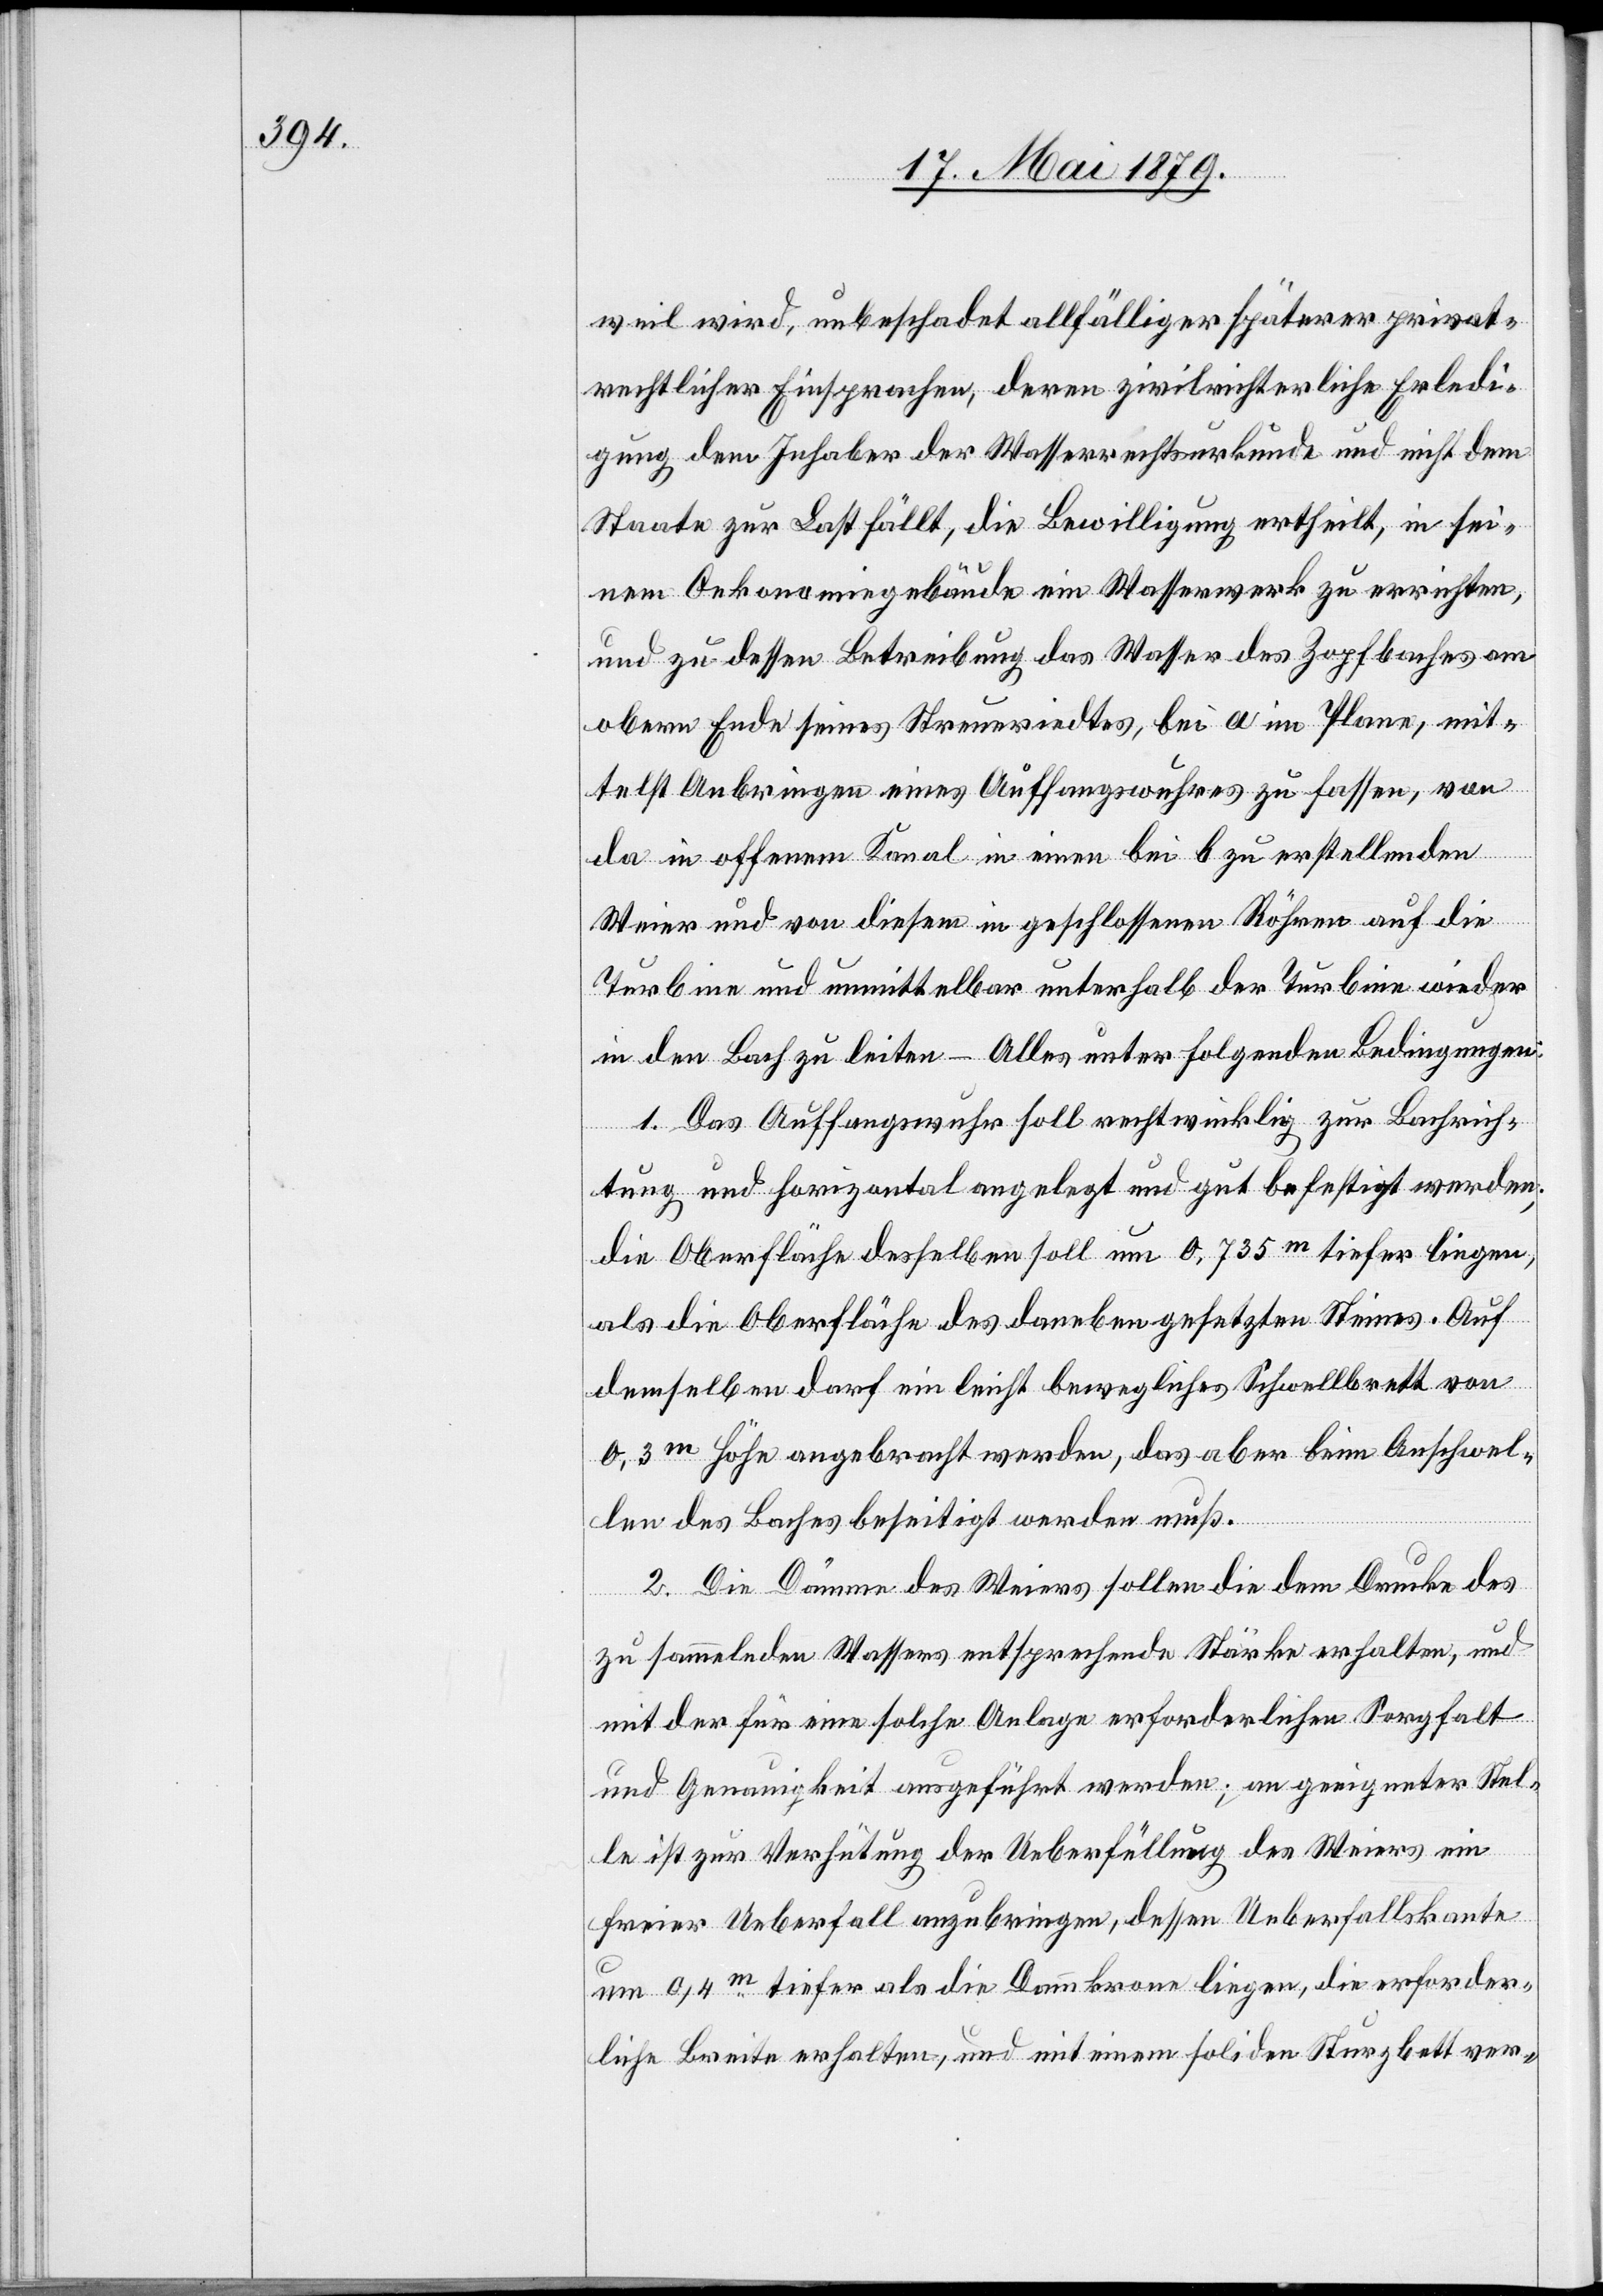
weil wird, unbeschadet allfälliger späterer privat¬
rechtlicher Einsprachen, deren zivilrichterliche Erledi¬
gung dem Inhaber der Wasserrechtsurkunde und nicht dem
Staate zur Last fällt, die Bewilligung ertheilt, in sei¬
nem Oekonomiegebäude ein Wasserwerk zu errichten,
und zu dessen Betreibung das Wasser des Zopfbaches am
obern Ende seines Streueriedtes, bei a im Plane, mit¬
telst Anbringen eines Auffangswuhres zu fassen, von
da in offenem Kanal in einen bei b zu erstellenden
Weier und von diesem in geschlossenen Röhren auf die
Turbine und unmittelbar unterhalb der Turbine wieder
in den Bach zu leiten – Alles unter folgenden Bedingungen:
1. Das Auffangswuhr soll rechtwinklig zur Bachrich¬
tung und horizontal angelegt und gut befestigt werden;
die Oberfläche desselben soll um 0,735m tiefer liegen,
als die Oberfläche des daneben gesetzten Steines. Auf
demselben darf ein leicht bewegliches Schwellbrett von
0,3m Höhe angebracht werden, das aber beim Anschwel¬
len des Baches beseitigt werden muß.
2. Die Dämme des Weiers sollen die dem Drucke des
zu sammelnden Wassers entsprechende Stärke erhalten, und
mit der für eine solche Anlage erforderlichen Sorgfalt
und Genauigkeit ausgeführt werden; an geeigneter Stel¬
le ist zur Verhütung der Ueberfüllung des Weiers ein
freier Ueberfall anzubringen, dessen Ueberfallskante
um 0,4m tiefer als die Dammkrone liegen, die erforder¬
liche Breite erhalten, und mit einem soliden Sturzbett ver-